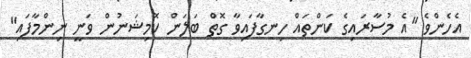
އެހެންވެ "އެ މުސާރައިގެ ކަންތައް ހިނގާފައިވާ ގޮތް ބަލަން ކޮމިޝަނުން ވަނީ ނިންމާފައި"